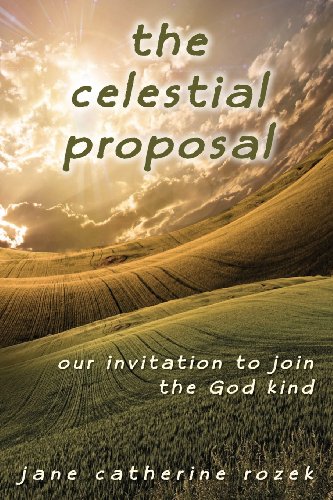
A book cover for The Celestial Proposal: Our Invitation to Join the God Kind; Jane Catherine Rozek; Religion & Spirituality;